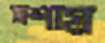
মশায়